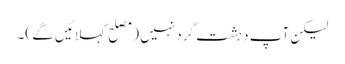
لیکن آپ دہشت گرد نہیں (مصلح کہلائیں گے )۔